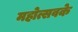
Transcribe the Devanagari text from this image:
महोत्सवके